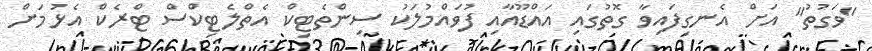
"ވަގުތު" އަށް އެނގިފައިވާ ގޮތުގައި އައްޑޫއާއި ފުވައްމުލަކު ސިންތެޓިކް އެތްލެޓިކްސް ޓްރެކް އެޅުމަށް